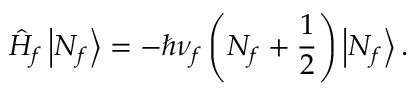
\hat { H } _ { f } \left| N _ { f } \right> = - \hbar \nu _ { f } \left( N _ { f } + \frac { 1 } { 2 } \right) \left| N _ { f } \right> .